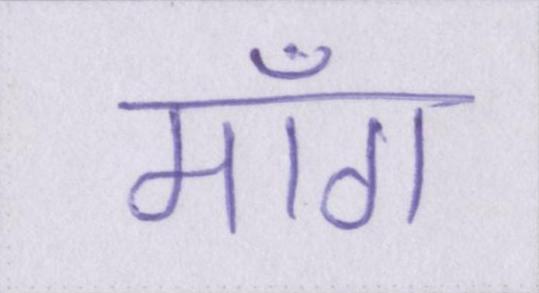
माँग